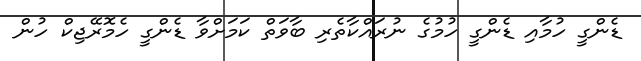
ޑެންގީ ހުމާއި ޑެންގީ ހުމުގެ ނުރައްކާތެރި ބާވަތް ކަމަށްވާ ޑެންގީ ހެމޮރޭޖިކް ހުން